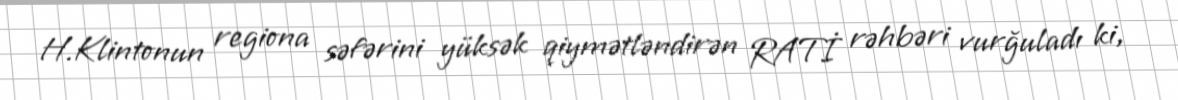
H.Klintonun regiona səfərini yüksək qiymətləndirən RATİ rəhbəri vurğuladı ki,